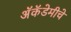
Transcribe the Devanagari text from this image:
अॅकॅडेमीचे